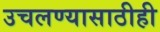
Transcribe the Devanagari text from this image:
उचलण्यासाठीही